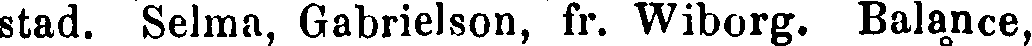
stad. Selma, Gabrielson, fr. Wiborg. Balance,